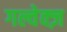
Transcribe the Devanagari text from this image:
गल्वेक्ज़